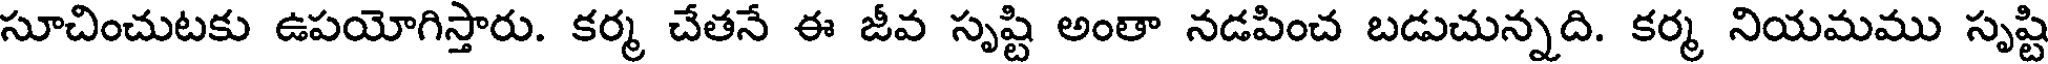
సూచించుటకు ఉపయోగిస్తారు. కర్మ చేతనే ఈ జీవ సృష్టి అంతా నడపించ బడుచున్నది. కర్మ నియమము సృష్టి